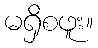
မရှိစဖူး။